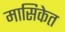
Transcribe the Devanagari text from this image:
मासिकेत